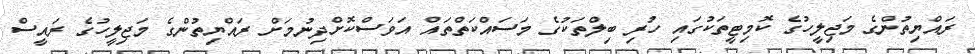
ރައްޔިތުންގެ މަޖިލީހުގެ ކޮމިޓީތަކުގައި ހުރި ބިލްތަކުގެ މަސައްކަތްތައް އަވަސްކޮށްދިނުމަށް ރައްޔިތުންގެ މަޖިލީހުގެ ރައީސް